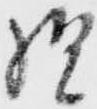
様